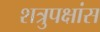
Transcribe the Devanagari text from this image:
शत्रुपक्षांस